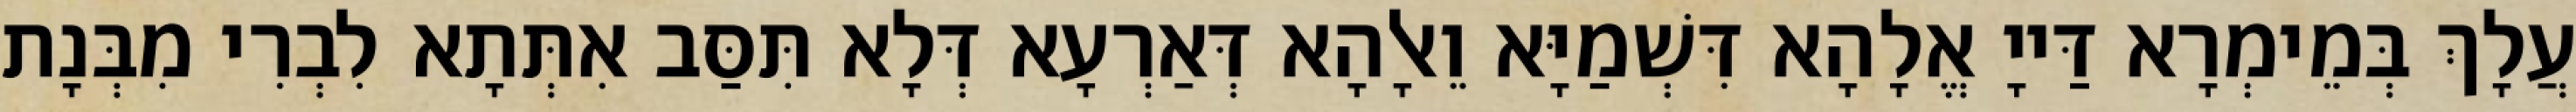
עֲלָךְ בְּמֵימְרָא דַּייָ אֱלָהָא דִּשְׁמַיָּא וֵאלָהָא דְּאַרְעָא דְּלָא תִּסַּב אִתְּתָא לִבְרִי מִבְּנָת